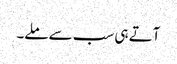
آتے ہی سب سے ملے۔